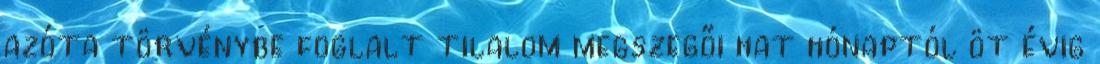
azóta törvénybe foglalt tilalom megszegői hat hónaptól öt évig